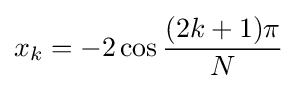
x_{k}=-2\cos {\frac {(2k+1)\pi }{N}}